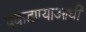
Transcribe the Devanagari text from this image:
पकडण्याआधी